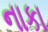
નાકા